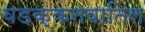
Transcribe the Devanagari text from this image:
वडक्कनवातिल